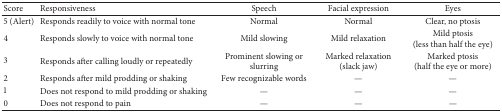
<table><thead><tr><td><b>Score</b></td><td><b>Responsiveness</b></td><td><b>Speech</b></td><td><b>Facial expression</b></td><td><b>Eyes </b></td></tr></thead><tbody><tr><td>5 (Alert)</td><td>Responds readily to voice with normal tone</td><td>Normal</td><td>Normal</td><td>Clear, no ptosis</td></tr><tr><td>4</td><td>Responds slowly to voice with normal tone</td><td>Mild slowing</td><td>Mild relaxation</td><td>Mild ptosis (less than half the eye)</td></tr><tr><td>3</td><td>Responds after calling loudly or repeatedly</td><td>Prominent slowing or slurring</td><td>Marked relaxation (slack jaw)</td><td>Marked ptosis (half the eye or more)</td></tr><tr><td>2</td><td>Responds after mild prodding or shaking</td><td>Few recognizable words</td><td>—</td><td>—</td></tr><tr><td>1</td><td>Does not respond to mild prodding or shaking</td><td>—</td><td>—</td><td>—</td></tr><tr><td>0</td><td>Does not respond to pain</td><td>—</td><td>—</td><td>—</td></tr></tbody></table>